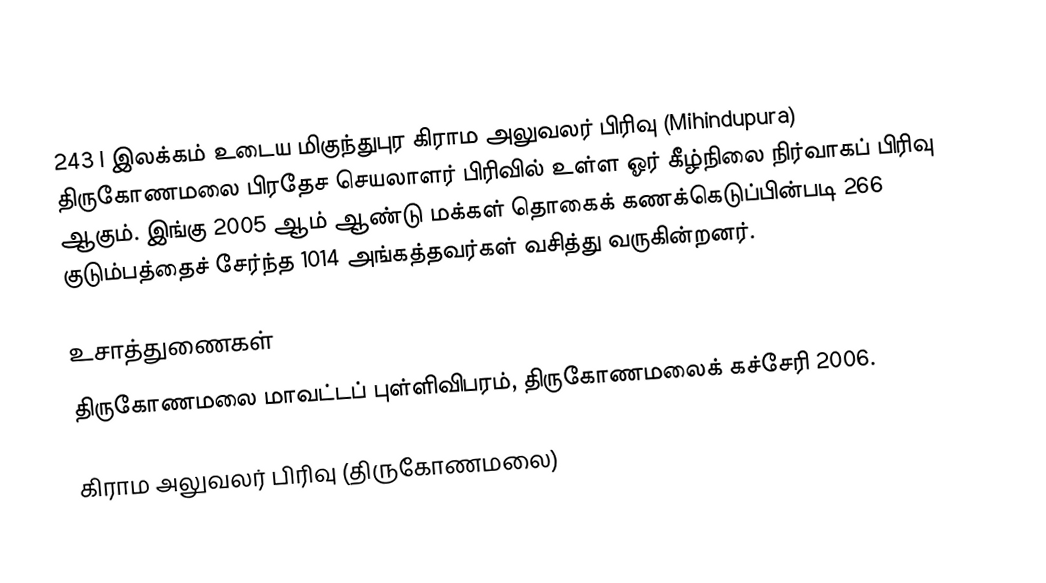
243 I இலக்கம்  உடைய மிகுந்துபுர கிராம அலுவலர் பிரிவு  (Mihindupura) திருகோணமலை பிரதேச செயலாளர் பிரிவில் உள்ள ஓர் கீழ்நிலை நிர்வாகப் பிரிவு ஆகும். இங்கு 2005 ஆம் ஆண்டு மக்கள் தொகைக் கணக்கெடுப்பின்படி 266 குடும்பத்தைச் சேர்ந்த 1014 அங்கத்தவர்கள் வசித்து வருகின்றனர்.

உசாத்துணைகள்
திருகோணமலை மாவட்டப் புள்ளிவிபரம், திருகோணமலைக் கச்சேரி 2006.

கிராம அலுவலர் பிரிவு (திருகோணமலை)